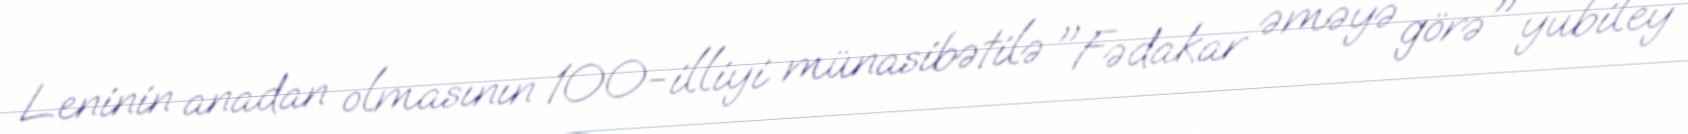
Leninin anadan olmasının 100-illiyi münasibətilə "Fədakar əməyə görə" yubiley